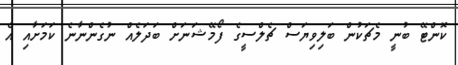
ކޮންޓޭ ބުނީ މެޗަކުން ބަލިވިޔަސް ޗެލްސީގެ ފޯމޭޝަނަށް ބަދަލެއް ނުގެންނާނެ ކަމަށާއި އެ